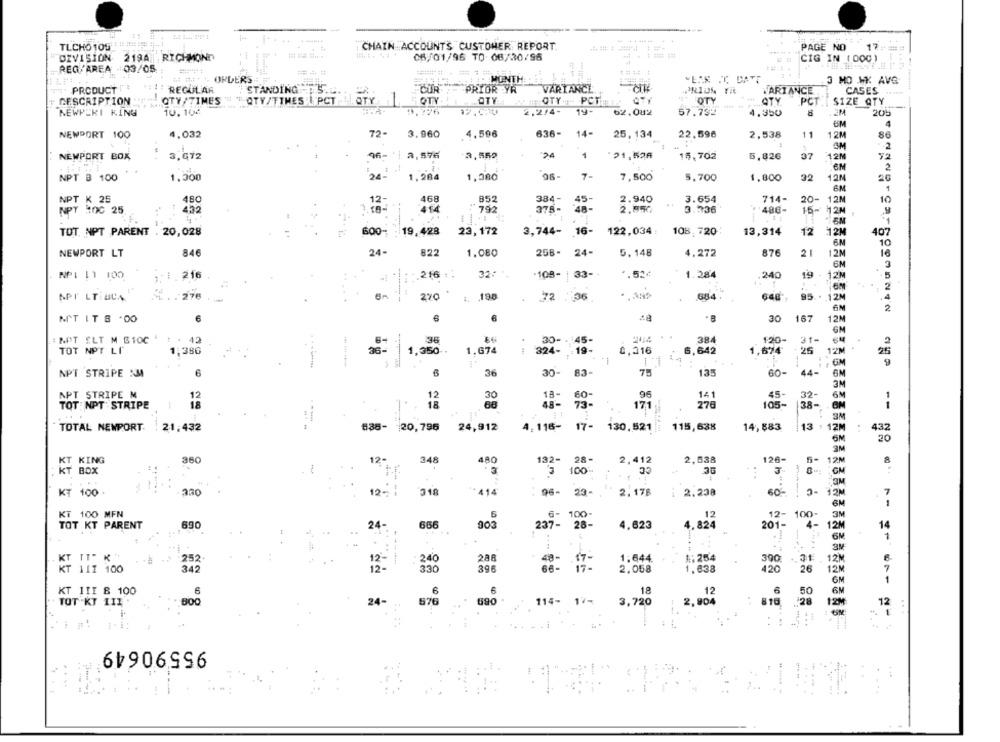
TLCHO 109 5# ##
CHAIN ACCOUNTS CUSTOMER REPORT.
PAGE NO
17
DIVISION
2194 RICHMOND
08/01/96 TO: 06/30/96
CIG IN (000)
REG/AREA -03/05
##++ ORDERS-
- MONTH
3 MO HK AVG
PRODUCT
REGULAR
STANDING ,5.4.
PRIOR YR
VARIANCE
VARIANCE
CASES
GESCRIPTION
QTY/TIMES
QTY/TTHESIL PCT QTY
QTY
OTY
OTY
STY
PCT. SIZE QTY
-----
NEWPERI KING
10.104
2.2/4-
19-
62.042
57.792
4.350
205
UM
4
NEWPORT 100
4.032
72-
3.960
4,596
636-
14-
25,134
22.596
2,538
11
12M
4M
2
NEWPORT BOX
3,072
96-
3.550
24
1
:21,524
15,702
5.826
37
-- -
2
NPT B 100
1,300
24-
1,284
1,380
96-
7-
7,500
5,700
1.800
32
12M
20
1
NPT K 25
480
12
468
852
384-
45-
2.940
3.654
714-
20- 12M
10
"48-
3.336
NPT 300 25
432
414
-
792
375-
2.950
'486-
15- 12M
600- 19,428
23,172
3,744-
16-
122,034
13,314
12
12M
407
TOT, NPT PARENT . 20,028
108:720:
6M
10
NEWPORT LT
846
24-
822
1.080
258-
24-
5,148
4,272
876
21
12M
16
6M
NP: [1 100
216
216 :.
32/ *
108-
33-+
.. 524
1.284
240
19 - 12M
-5
2
APr LT BCA
ML . . 276
270
4. 190
72 :36
684
648
95 .. 12M
.4
6M
2
MT IT S .00
6
30 167
12M
GN
: NPT ELT M B100 .
t . 42
36
30- . 45-
2014
384
120-
31-
324- : 19-
+25
TOT NPT LI
1,386
1,350 -.
1.674
0,316
6,642
1,674
12M
25
-
-
: : GM
30-
83-
60-
44-
NPT STRIPE SM
36
75
135
3M
APT STRIPE M
12
12
18-
96
141
45-
32-
6M
30
1
TOT NPT STRIPE
18
4 .-
73 -
171
276
105-
38-
BM
--
3M
TOTAL NEWPORT
21,432
635- 20,796
24,912
4, 116-
17-
130.521
115,638
14,883
13
: 12M
432
20
3M
KT KING
360
12-
348
480
132- 28-
2,412
CC
2,538
126-
6-
12M
KT BOX
3
100-
GM
60-
KT 100.
230
12- ;
318
414
96- 23-
2.178
1 2.238
0- 12M
6M
KI 100 MEN
6- 100-
12
12- 100-
3M
TOT KT PARENT
690
24-
666
903
237-
28-
4,623
4.824
4-
12M
14
3M
240
1:254
252
---
48-
17-
1.644.
300
12M
6
12 -
330
396
66-
2.058
1.638
420
26
12M
GM
1
KT 1II & 100
6
6
€
18
12
6
6M
B00
24-
676
690
114- 17-
3,720
2,904
810
28
12
TOT KT IIL
1
:
95590649
1